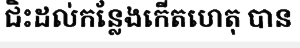
ជិះដល់កន្លែងកើតហេតុ បាន